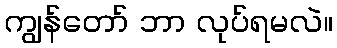
ကျွန်တော် ဘာ လုပ်ရမလဲ။